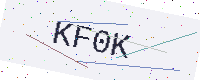
Text: KF0K